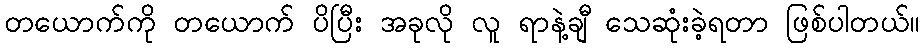
တယောက်ကို တယောက် ပိပြီး အခုလို လူ ရာနဲ့ချီ သေဆုံးခဲ့ရတာ ဖြစ်ပါတယ်။